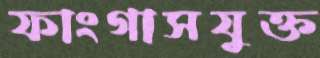
ফাংগাসযুক্ত